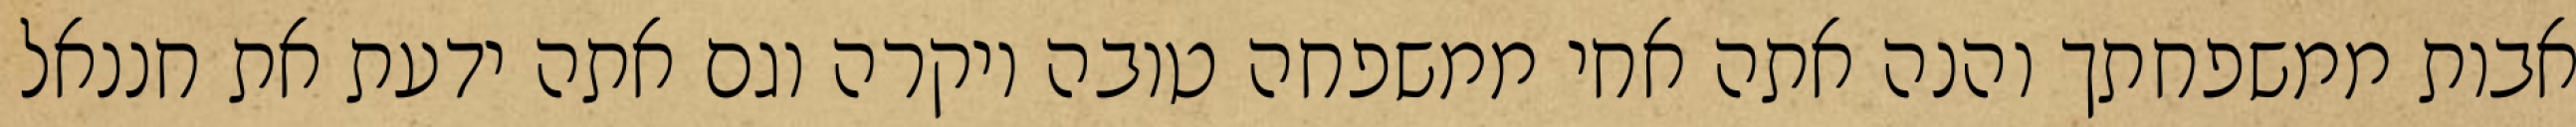
אבות ממשפחתך והנה אתה אחי ממשפחה טובה ויקרה וגם אתה ידעת את חננאל